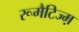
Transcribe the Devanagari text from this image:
रूमैटिज्म़